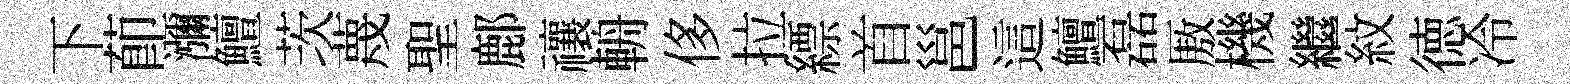
下莭瀰鱣茨蔑聖鄜禳輈侈拉縹首邕這鱣磊厫機繼紋徳冷